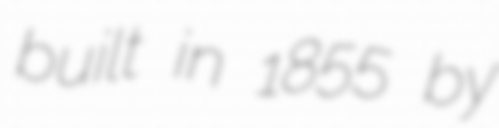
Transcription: built in 1855 by